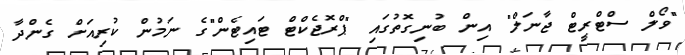
"ވޯލް ސްޓްރީޓް ޖާނަލް" އިން ބުނިގޮތުގައި "ޕްރޮޖެކްޓް ޓައިޓެން"ގެ ނަމުން ކުރިއަށް ގެންދާ